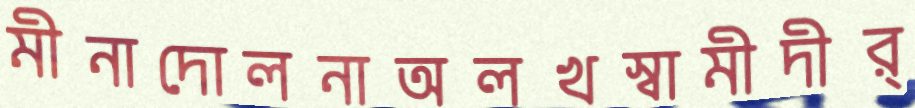
মীনাদোলনাঅলখস্বামীদীর্